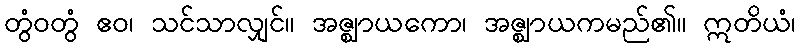
တွံဝတွံ ဧဝ၊ သင်သာလျှင်။ အဇ္ဈာယကော၊ အဇ္ဈာယကမည်၏။ ဣတိယံ၊